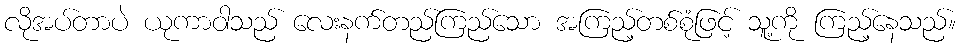
လိုအပ်တာပဲ ယုကာဝါသည် လေးနက်တည်ကြည်သော အကြည့်တစ်စုံဖြင့် သူ့ကို ကြည့်နေသည်။